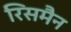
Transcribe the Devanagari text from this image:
रिसमैन